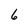
Character: 6